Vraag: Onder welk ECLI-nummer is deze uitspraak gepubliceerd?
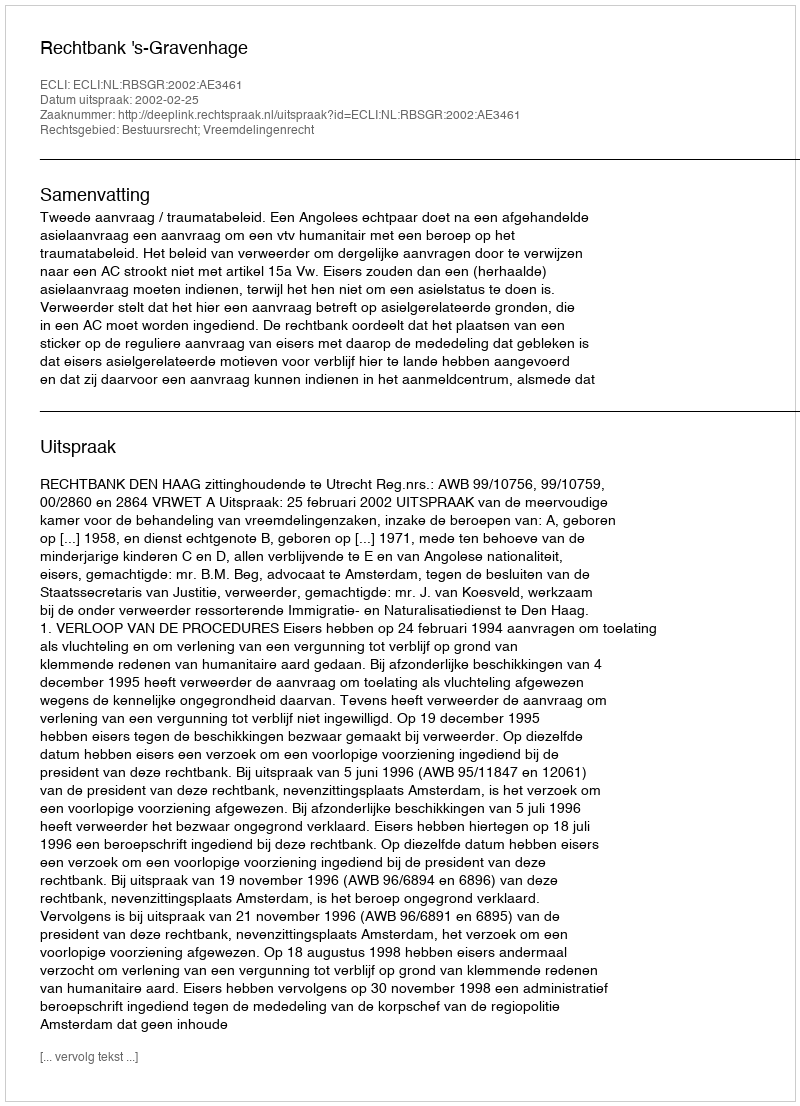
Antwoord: ECLI:NL:RBSGR:2002:AE3461